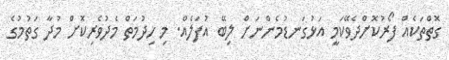
ގޮތްތަކެއް ފޯރުކޮށްދެވޭކަމީ އަޅުގަނޑުމެންނަށް ލިބޭ އުފަލެއް. މި ހިދުމަތް މެދުވެރިކޮށް މުދާ ގަތުމުގެ